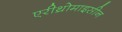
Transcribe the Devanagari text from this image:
एरीथ्रोमाइसीन